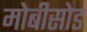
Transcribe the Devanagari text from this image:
मोबीसोड